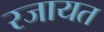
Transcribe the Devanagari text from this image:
रजायत